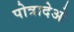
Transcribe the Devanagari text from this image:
पोत्रादेओ